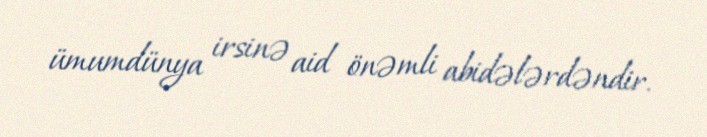
ümumdünya irsinə aid önəmli abidələrdəndir.